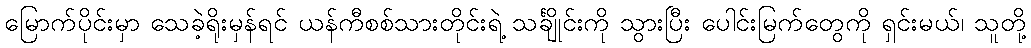
မြောက်ပိုင်းမှာ သေခဲ့ရိုးမှန်ရင် ယန်ကီစစ်သားတိုင်းရဲ့ သင်္ချိုင်းကို သွားပြီး ပေါင်းမြက်တွေကို ရှင်းမယ်၊ သူတို့